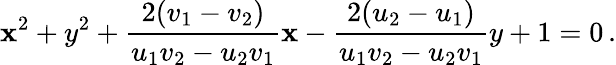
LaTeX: \mathbf{x}^{2}+y^{2}+{\frac{{2(v_{1}-v_{2})}}{{u_{1}v_{2}-u_{2}v_{1}}}}\mathbf{x}-{\frac{{2(u_{2}-u_{1})}}{{u_{1}v_{2}-u_{2}v_{1}}}}y+1=0\, .